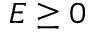
E \geq 0